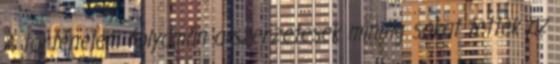
A történelem folyamán a szerzetesek mindig sokat tettek az